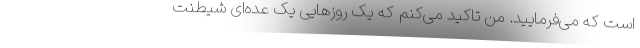
است که می‌فرمایید. من تاکید می‌کنم که یک روزهایی یک عده‌ای شیطنت